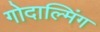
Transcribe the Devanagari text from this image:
गोदाल्मिंग